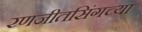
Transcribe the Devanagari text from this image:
रणजीतसिंगच्या